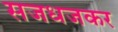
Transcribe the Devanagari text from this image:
सजधजकर